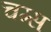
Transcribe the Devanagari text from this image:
चग्स